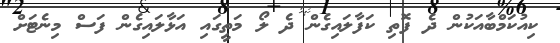
ކިއުކަމްބާއަކުން ދެ ފޮތި ކަފާލައިގެން ދެ ލޯ މަތީގައި އަޅާލައިގެން ފަސް މިނެޓަށް